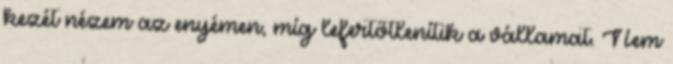
kezét nézem az enyémen, míg lefertőtlenítik a vállamat. Nem